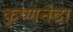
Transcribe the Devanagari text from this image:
कृष्णनंदा